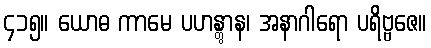
၄၁၅။ ယောဓ ကာမေ ပဟန္တွာန၊ အနာဂါရော ပရိဗ္ဗဇေ။